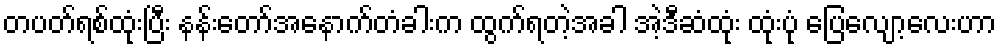
တပတ်ရစ်ထုံးပြီး နန်းတော်အနောက်တံခါးက ထွက်ရတဲ့အခါ အဲ့ဒီဆံထုံး ထုံးပုံ ပြေလျော့လေးဟာ